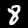
Digit: 8